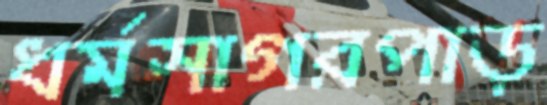
ধর্মসাগরপাড়